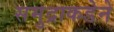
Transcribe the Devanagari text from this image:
समुद्राकडेने